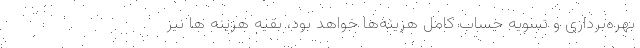
بهره‌برداری و تسویه حساب کامل هزینه‌ها خواهد بود، بقیه هزینه ها نیز